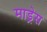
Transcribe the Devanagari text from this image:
माड्रेस